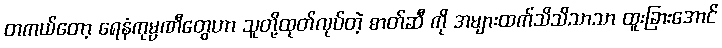
တကယ်တော့ ရေနံကုမ္ပဏီတွေဟာ သူတို့ထုတ်လုပ်တဲ့ ဓာတ်ဆီ ကို အများထက်သိသိသာသာ ထူးခြားအောင်